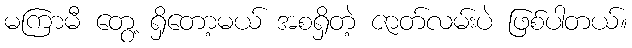
မကြာမီ တွေ့ ရှိတော့မယ် အစရှိတဲ့ ဇာတ်လမ်းပဲ ဖြစ်ပါတယ်။